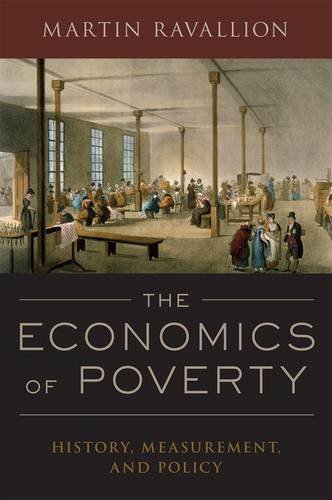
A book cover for The Economics of Poverty: History, Measurement, and Policy; Martin Ravallion; Business & Money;